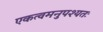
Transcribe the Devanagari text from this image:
एकत्वमनुपश्यतः